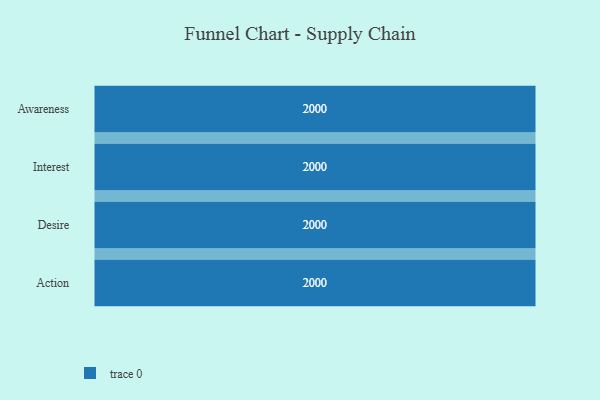
{"axis": {"x": "Stage", "y": "Value"}, "legend": [""], "data": [{"x": "Awareness", "y": 2000, "type": ""}, {"x": "Interest", "y": 2000, "type": ""}, {"x": "Desire", "y": 2000, "type": ""}, {"x": "Action", "y": 2000, "type": ""}]}